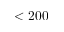
< 2 0 0